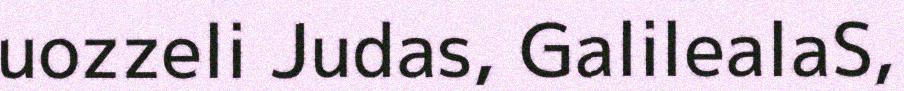
uozzeli Judas, GalilealaS,